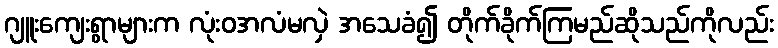
ဂျူးကျေးရွာများက လုံးဝအလံမလှဲ အသေခံ၍ တိုက်ခိုက်ကြမည်ဆိုသည်ကိုလည်း